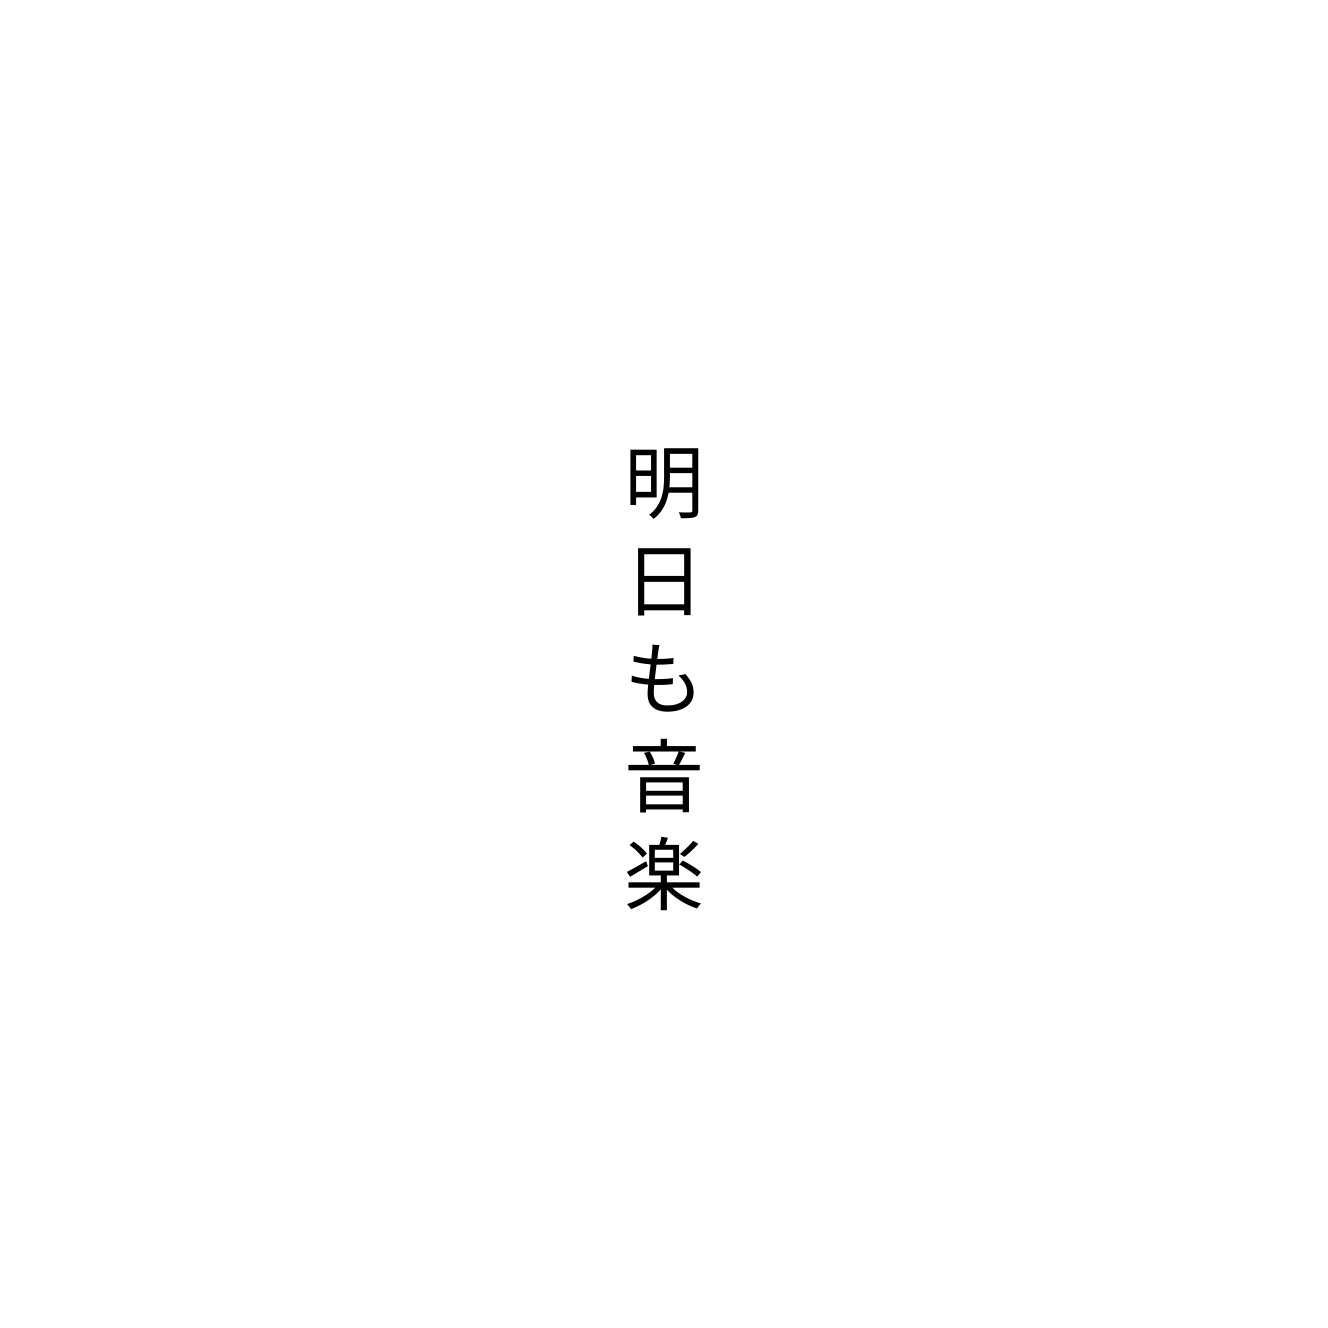
明日も音楽